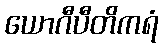
ယောဂီပီတိကရံ